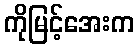
ကိုမြင့်အေးက